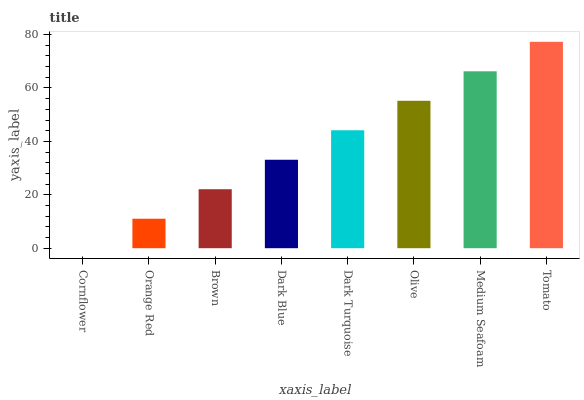
| xaxis_label | bars |
 | --- | --- |
 | Cornflower | 0 |
 | Orange Red | 11 |
 | Brown | 22.1 |
 | Dark Blue | 33.1 |
 | Dark Turquoise | 44.2 |
 | Olive | 55.2 |
 | Medium Seafoam | 66.2 |
 | Tomato | 77.3 |